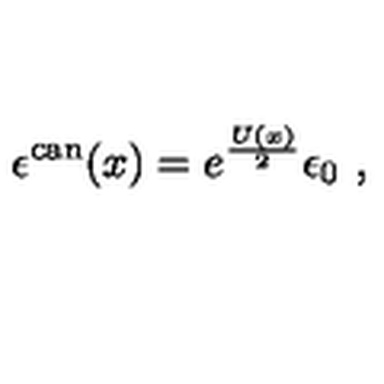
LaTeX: \epsilon ^ { \mathrm { c a n } } ( x ) = e ^ { \frac { U ( x ) } { 2 } } \epsilon _ { 0 } \ ,